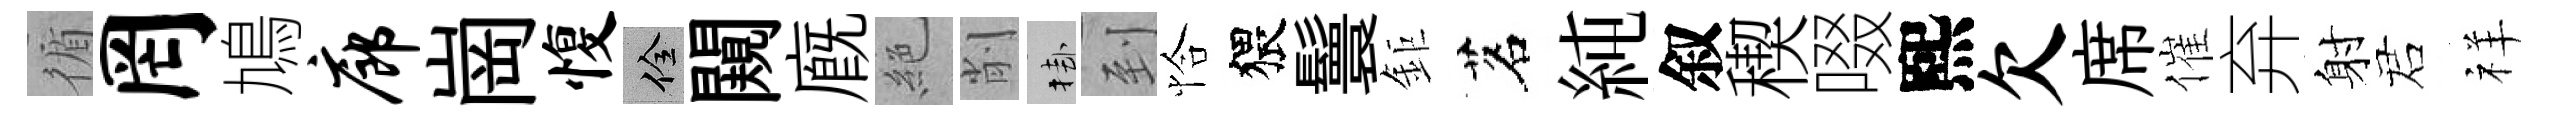
循罔鳩廊崗愎佺闚廐絶削挂到恰猥鬟鉅茗純叙稧啜熙欠席催弃射诺祥